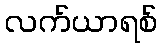
လက်ယာရစ်